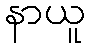
နာယူ